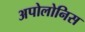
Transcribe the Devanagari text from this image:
अपोलोनिस